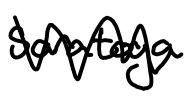
Text: Saratoga
Cross-out: zig-zag
Writing tool: digital_black